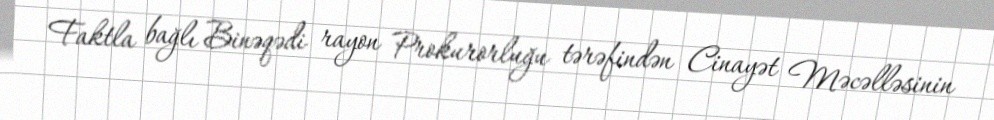
Faktla bağlı Binəqədi rayon Prokurorluğu tərəfindən Cinayət Məcəlləsinin